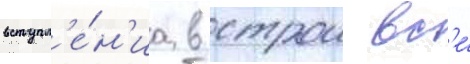
вступл'е́н'иа в строи вс'е́